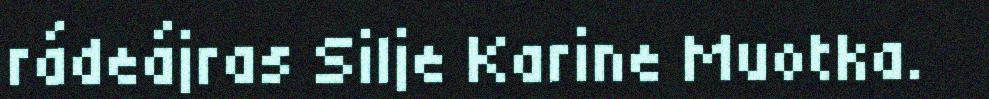
rádeájras Silje Karine Muotka.